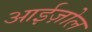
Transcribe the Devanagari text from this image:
आईज़ोल